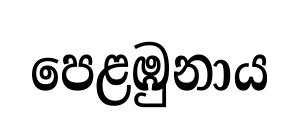
පෙළඹුනාය